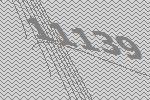
11139